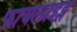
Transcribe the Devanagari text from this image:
फायलाइट्स